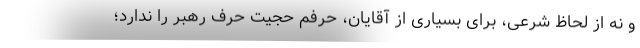
و نه از لحاظ شرعی، برای بسیاری از آقایان، حرفم حجیت حرف رهبر را ندارد؛